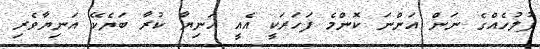
ފުލުހެއްގެ ނަން އަންނަ ކޮންމެ ފަހަރަކީ އެއީ އަނިޔާ ކުރާ ބަޔެކޭ އަނިޔާވެރި